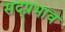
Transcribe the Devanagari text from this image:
सद्प्रभाव